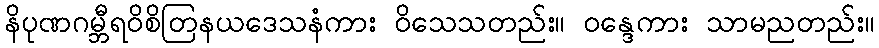
နိပုဏဂမ္ဘီရဝိစိတြနယဒေသနံကား ဝိသေသတည်း။ ဝန္ဒေကား သာမညတည်း။